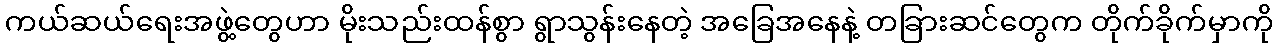
ကယ်ဆယ်ရေးအဖွဲ့တွေဟာ မိုးသည်းထန်စွာ ရွာသွန်းနေတဲ့ အခြေအနေနဲ့ တခြားဆင်တွေက တိုက်ခိုက်မှာကို